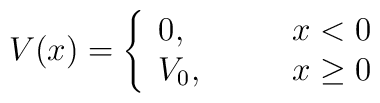
V(x)=\left\{     \begin{array}{ll}       0,&\qquad x<0\\       V_{0},&\qquad x\geq 0     \end{array}\right.